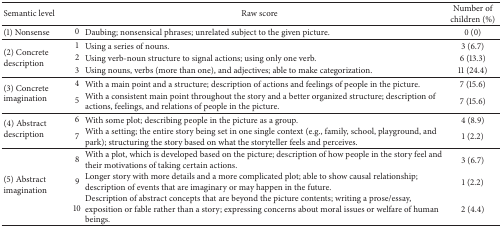
<table><thead><tr><td><b>Semantic level</b></td><td colspan="2"><b>Raw score</b></td><td><b>Number of children (%)</b></td></tr></thead><tbody><tr><td>(1) Nonsense</td><td>0</td><td>Daubing; nonsensical phrases; unrelated subject to the given picture.</td><td>0 (0)</td></tr><tr><td rowspan="3">(2) Concrete description</td><td>1</td><td>Using a series of nouns.</td><td>3 (6.7)</td></tr><tr><td>2</td><td>Using verb-noun structure to signal actions; using only one verb.</td><td>6 (13.3)</td></tr><tr><td>3</td><td>Using nouns, verbs (more than one), and adjectives; able to make categorization.</td><td>11 (24.4)</td></tr><tr><td rowspan="2">(3) Concrete imagination</td><td>4</td><td>With a main point and a structure; description of actions and feelings of people in the picture.</td><td>7 (15.6)</td></tr><tr><td>5</td><td>With a consistent main point throughout the story and a better organized structure; description of actions, feelings, and relations of people in the picture.</td><td>7 (15.6)</td></tr><tr><td rowspan="2">(4) Abstract description</td><td>6</td><td>With some plot; describing people in the picture as a group.</td><td>4 (8.9)</td></tr><tr><td>7</td><td>With a setting; the entire story being set in one single context (e.g., family, school, playground, and park); structuring the story based on what the storyteller feels and perceives.</td><td>1 (2.2)</td></tr><tr><td rowspan="3">(5) Abstract imagination</td><td>8</td><td>With a plot, which is developed based on the picture; description of how people in the story feel and their motivations of taking certain actions.</td><td>3 (6.7)</td></tr><tr><td>9</td><td>Longer story with more details and a more complicated plot; able to show causal relationship; description of events that are imaginary or may happen in the future.</td><td>1 (2.2)</td></tr><tr><td>10</td><td>Description of abstract concepts that are beyond the picture contents; writing a prose/essay, exposition or fable rather than a story; expressing concerns about moral issues or welfare of human beings.</td><td>2 (4.4)</td></tr></tbody></table>